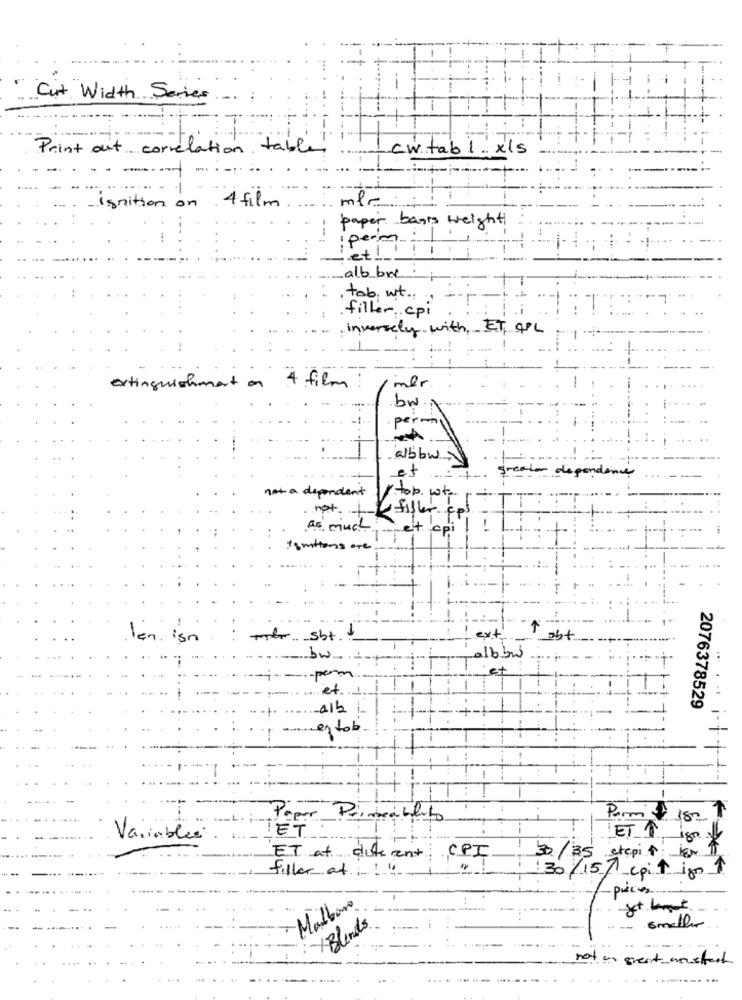
" Cut Width Series
---
- -----
Print out correlation table!
cw.tab 1 . xls
Ignition on 4 film
mir
paper bags weight
perm
et !!
alb bre
tob wt ..
filler .. cpi
inversely with, ET 4PL
mer
extinguishment on
4 film
bw
permal
albbw
et
greater dependence
not a dependent
top. wt.
not.
filler eps
As much
et cpi ! !
ismtions are
len. isn
mer. Sht ..
1bbw
w
-
1
...
2076378529
1.
eztob.
Paper Primeableto
Parmi isn T
TET
Variables
ET 1, iso of
30/35 stepit isr $1
ET at diferent CPI
filler at :: "
" !
30/157 cpit in 1
Malbano
/Blinds
smaller
not un great moustach